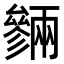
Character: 𠬙